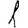
Digit: 1